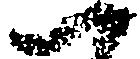
一